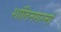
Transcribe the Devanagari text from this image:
शांतिनगरनां